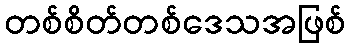
တစ်စိတ်တစ်ဒေသအဖြစ်